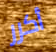
أكرر